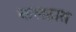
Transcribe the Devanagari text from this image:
कलहात